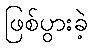
ဖြစ်ပွားခဲ့